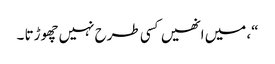
“، میں انھیں کسی طرح نہیں چھوڑتا ۔